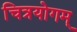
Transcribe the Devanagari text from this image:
चित्रयोगम्